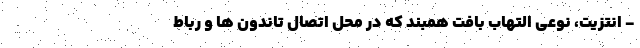
- انتزیت، نوعی التهاب بافت همبند که در محل اتصال تاندون ها و رباط